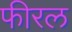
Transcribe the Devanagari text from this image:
फीरल